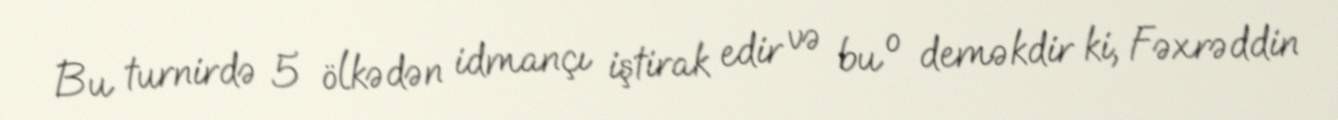
Bu turnirdə 5 ölkədən idmançı iştirak edir və bu o deməkdir ki, Fəxrəddin